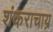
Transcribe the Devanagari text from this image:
शंकराचाय्र